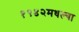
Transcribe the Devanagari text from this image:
१९४२मधल्या